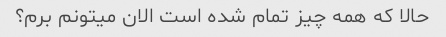
حالا که همه چیز تمام شده است الان میتونم برم؟